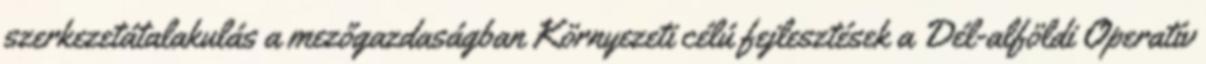
szerkezetátalakulás a mezőgazdaságban Környezeti célú fejlesztések a Dél-alföldi Operatív